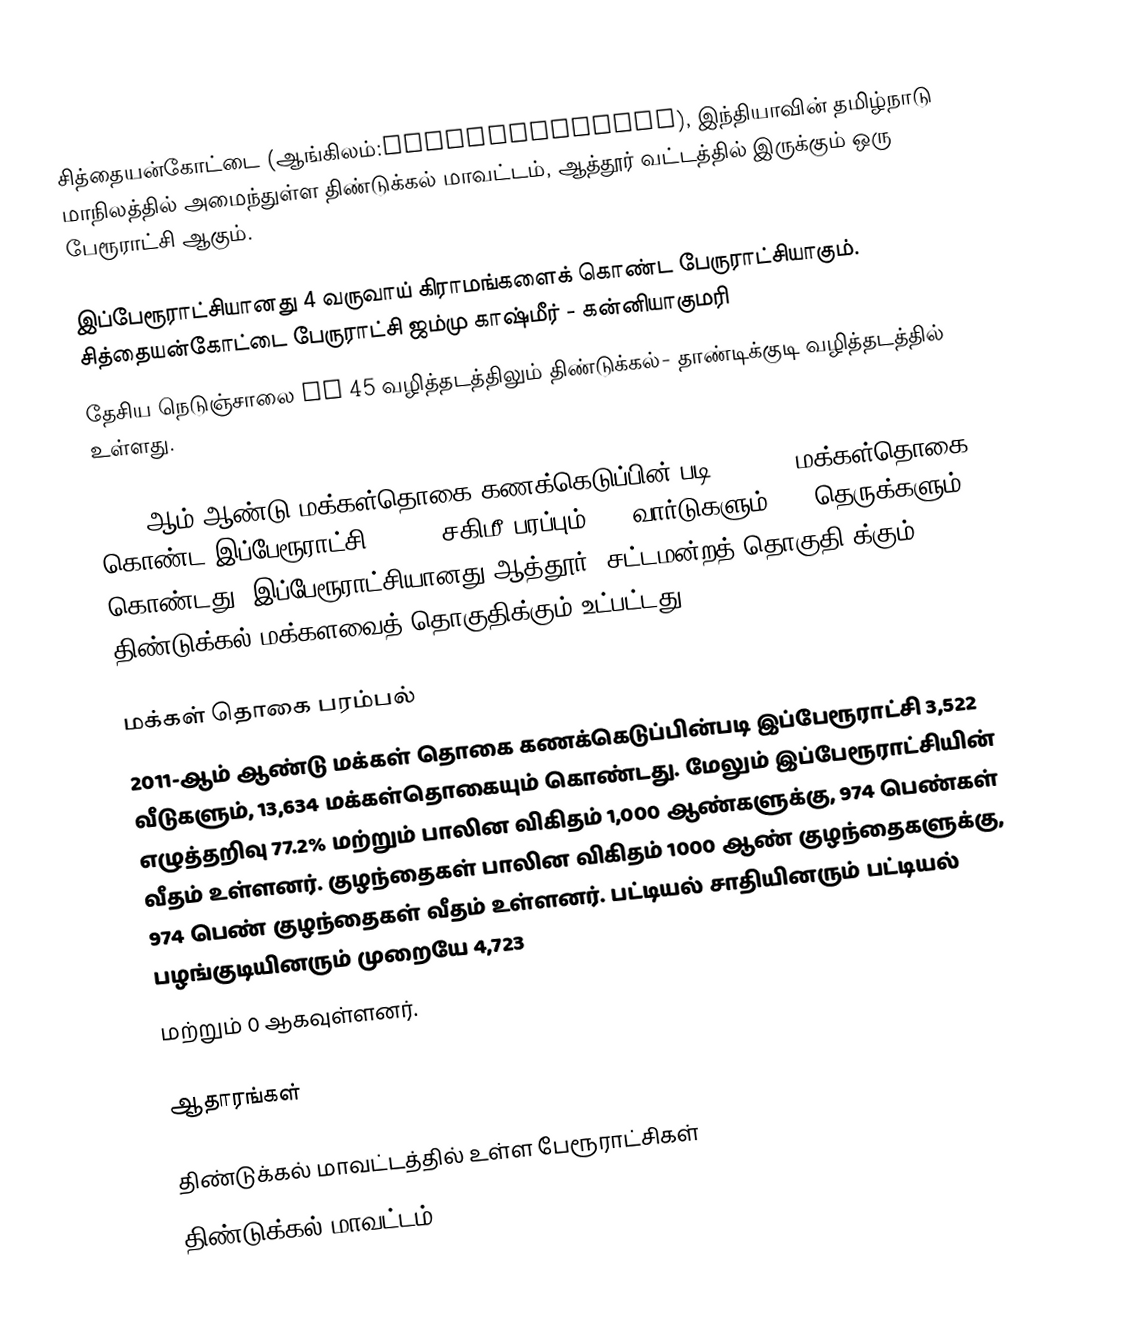
சித்தையன்கோட்டை (ஆங்கிலம்:Sithayankottai), இந்தியாவின் தமிழ்நாடு மாநிலத்தில் அமைந்துள்ள திண்டுக்கல் மாவட்டம், ஆத்தூர் வட்டத்தில் இருக்கும் ஒரு பேரூராட்சி ஆகும்.

இப்பேரூராட்சியானது 4 வருவாய் கிராமங்களைக் கொண்ட பேருராட்சியாகும். சித்தையன்கோட்டை பேருராட்சி ஜம்மு காஷ்மீர்  - கன்னியாகுமரி
தேசிய நெடுஞ்சாலை NH 45 வழித்தடத்திலும்  திண்டுக்கல்-  தாண்டிக்குடி  வழித்தடத்தில் உள்ளது.

2011-ஆம் ஆண்டு மக்கள்தொகை கணக்கெடுப்பின் படி, 13,619   மக்கள்தொகை கொண்ட இப்பேரூராட்சி,  17.25 சகிமீ பரப்பும்,  18 வார்டுகளும், 42 தெருக்களும் கொண்டது.  இப்பேரூராட்சியானது ஆத்தூர் (சட்டமன்றத் தொகுதி)க்கும், திண்டுக்கல் மக்களவைத் தொகுதிக்கும் உட்பட்டது.

மக்கள் தொகை பரம்பல்
2011-ஆம் ஆண்டு மக்கள் தொகை கணக்கெடுப்பின்படி   இப்பேரூராட்சி   3,522    வீடுகளும்,   13,634 மக்கள்தொகையும் கொண்டது. மேலும் இப்பேரூராட்சியின் எழுத்தறிவு 77.2% மற்றும் பாலின விகிதம் 1,000 ஆண்களுக்கு,  974 பெண்கள் வீதம் உள்ளனர். குழந்தைகள் பாலின விகிதம் 1000 ஆண் குழந்தைகளுக்கு, 974 பெண் குழந்தைகள் வீதம் உள்ளனர்.  பட்டியல் சாதியினரும் பட்டியல் பழங்குடியினரும்  முறையே 4,723
மற்றும் 0  ஆகவுள்ளனர்.

ஆதாரங்கள்

 திண்டுக்கல் மாவட்டத்தில் உள்ள பேரூராட்சிகள்
 திண்டுக்கல் மாவட்டம்